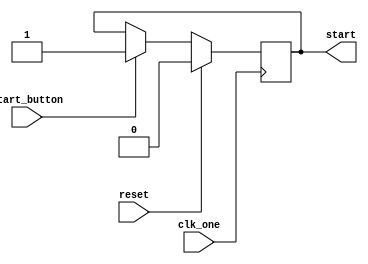
`timescale 1ns / 1ps

module start_reg(input clk_one,input reset, input start_button, output reg start
    );
    
initial start = 1'b0; 
   
always @(posedge clk_one)
    begin
    if (reset == 1)
        begin
        start <= 0;
        end
    else if (start_button == 1)
        begin
        start <= 1;
        end
    end
endmodule